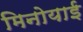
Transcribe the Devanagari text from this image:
मिनोयाई